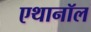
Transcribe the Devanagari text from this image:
एथानॉल